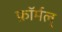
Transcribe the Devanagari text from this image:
फ़ॉर्मल्